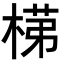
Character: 𭪺